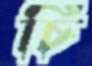
চি